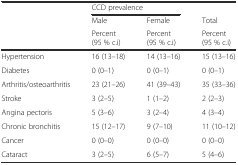
<table><thead><tr><td></td><td colspan="2"><b>CCD prevalence</b></td><td></td></tr><tr><td></td><td><b>Male</b></td><td><b>Female</b></td><td><b>Total</b></td></tr><tr><td></td><td><b>Percent (95 % c.i)</b></td><td><b>Percent (95 % c.i)</b></td><td><b>Percent (95 % c.i)</b></td></tr></thead><tbody><tr><td>Hypertension</td><td>16 (13–18)</td><td>14 (13–16)</td><td>15 (13–16)</td></tr><tr><td>Diabetes</td><td>0 (0–1)</td><td>0 (0–1)</td><td>0 (0–1)</td></tr><tr><td>Arthritis/osteoarthritis</td><td>23 (21–26)</td><td>41 (39–43)</td><td>35 (33–36)</td></tr><tr><td>Stroke</td><td>3 (2–5)</td><td>1 (1–2)</td><td>2 (2–3)</td></tr><tr><td>Angina pectoris</td><td>5 (3–6)</td><td>3 (2–4)</td><td>4 (3–4)</td></tr><tr><td>Chronic bronchitis</td><td>15 (12–17)</td><td>9 (7–10)</td><td>11 (10–12)</td></tr><tr><td>Cancer</td><td>0 (0–0)</td><td>0 (0–0)</td><td>0 (0–0)</td></tr><tr><td>Cataract</td><td>3 (2–5)</td><td>6 (5–7)</td><td>5 (4–6)</td></tr></tbody></table>